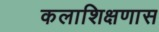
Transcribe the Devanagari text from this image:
कलाशिक्षणास